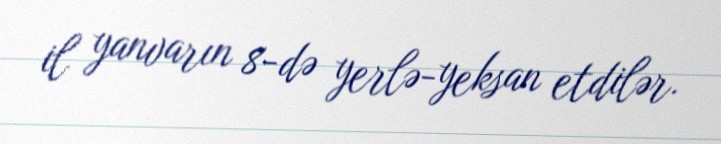
il yanvarın 8-də yerlə-yeksan etdilər.